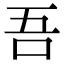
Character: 吾